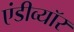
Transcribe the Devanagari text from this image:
एंडीव्यॉर